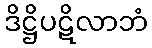
ဒိဋ္ဌိပဋိလာဘံ